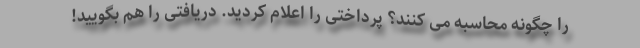
را چگونه محاسبه می کنند؟ پرداختی را اعلام کردید. دریافتی را هم بگویید!